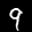
Label: 9